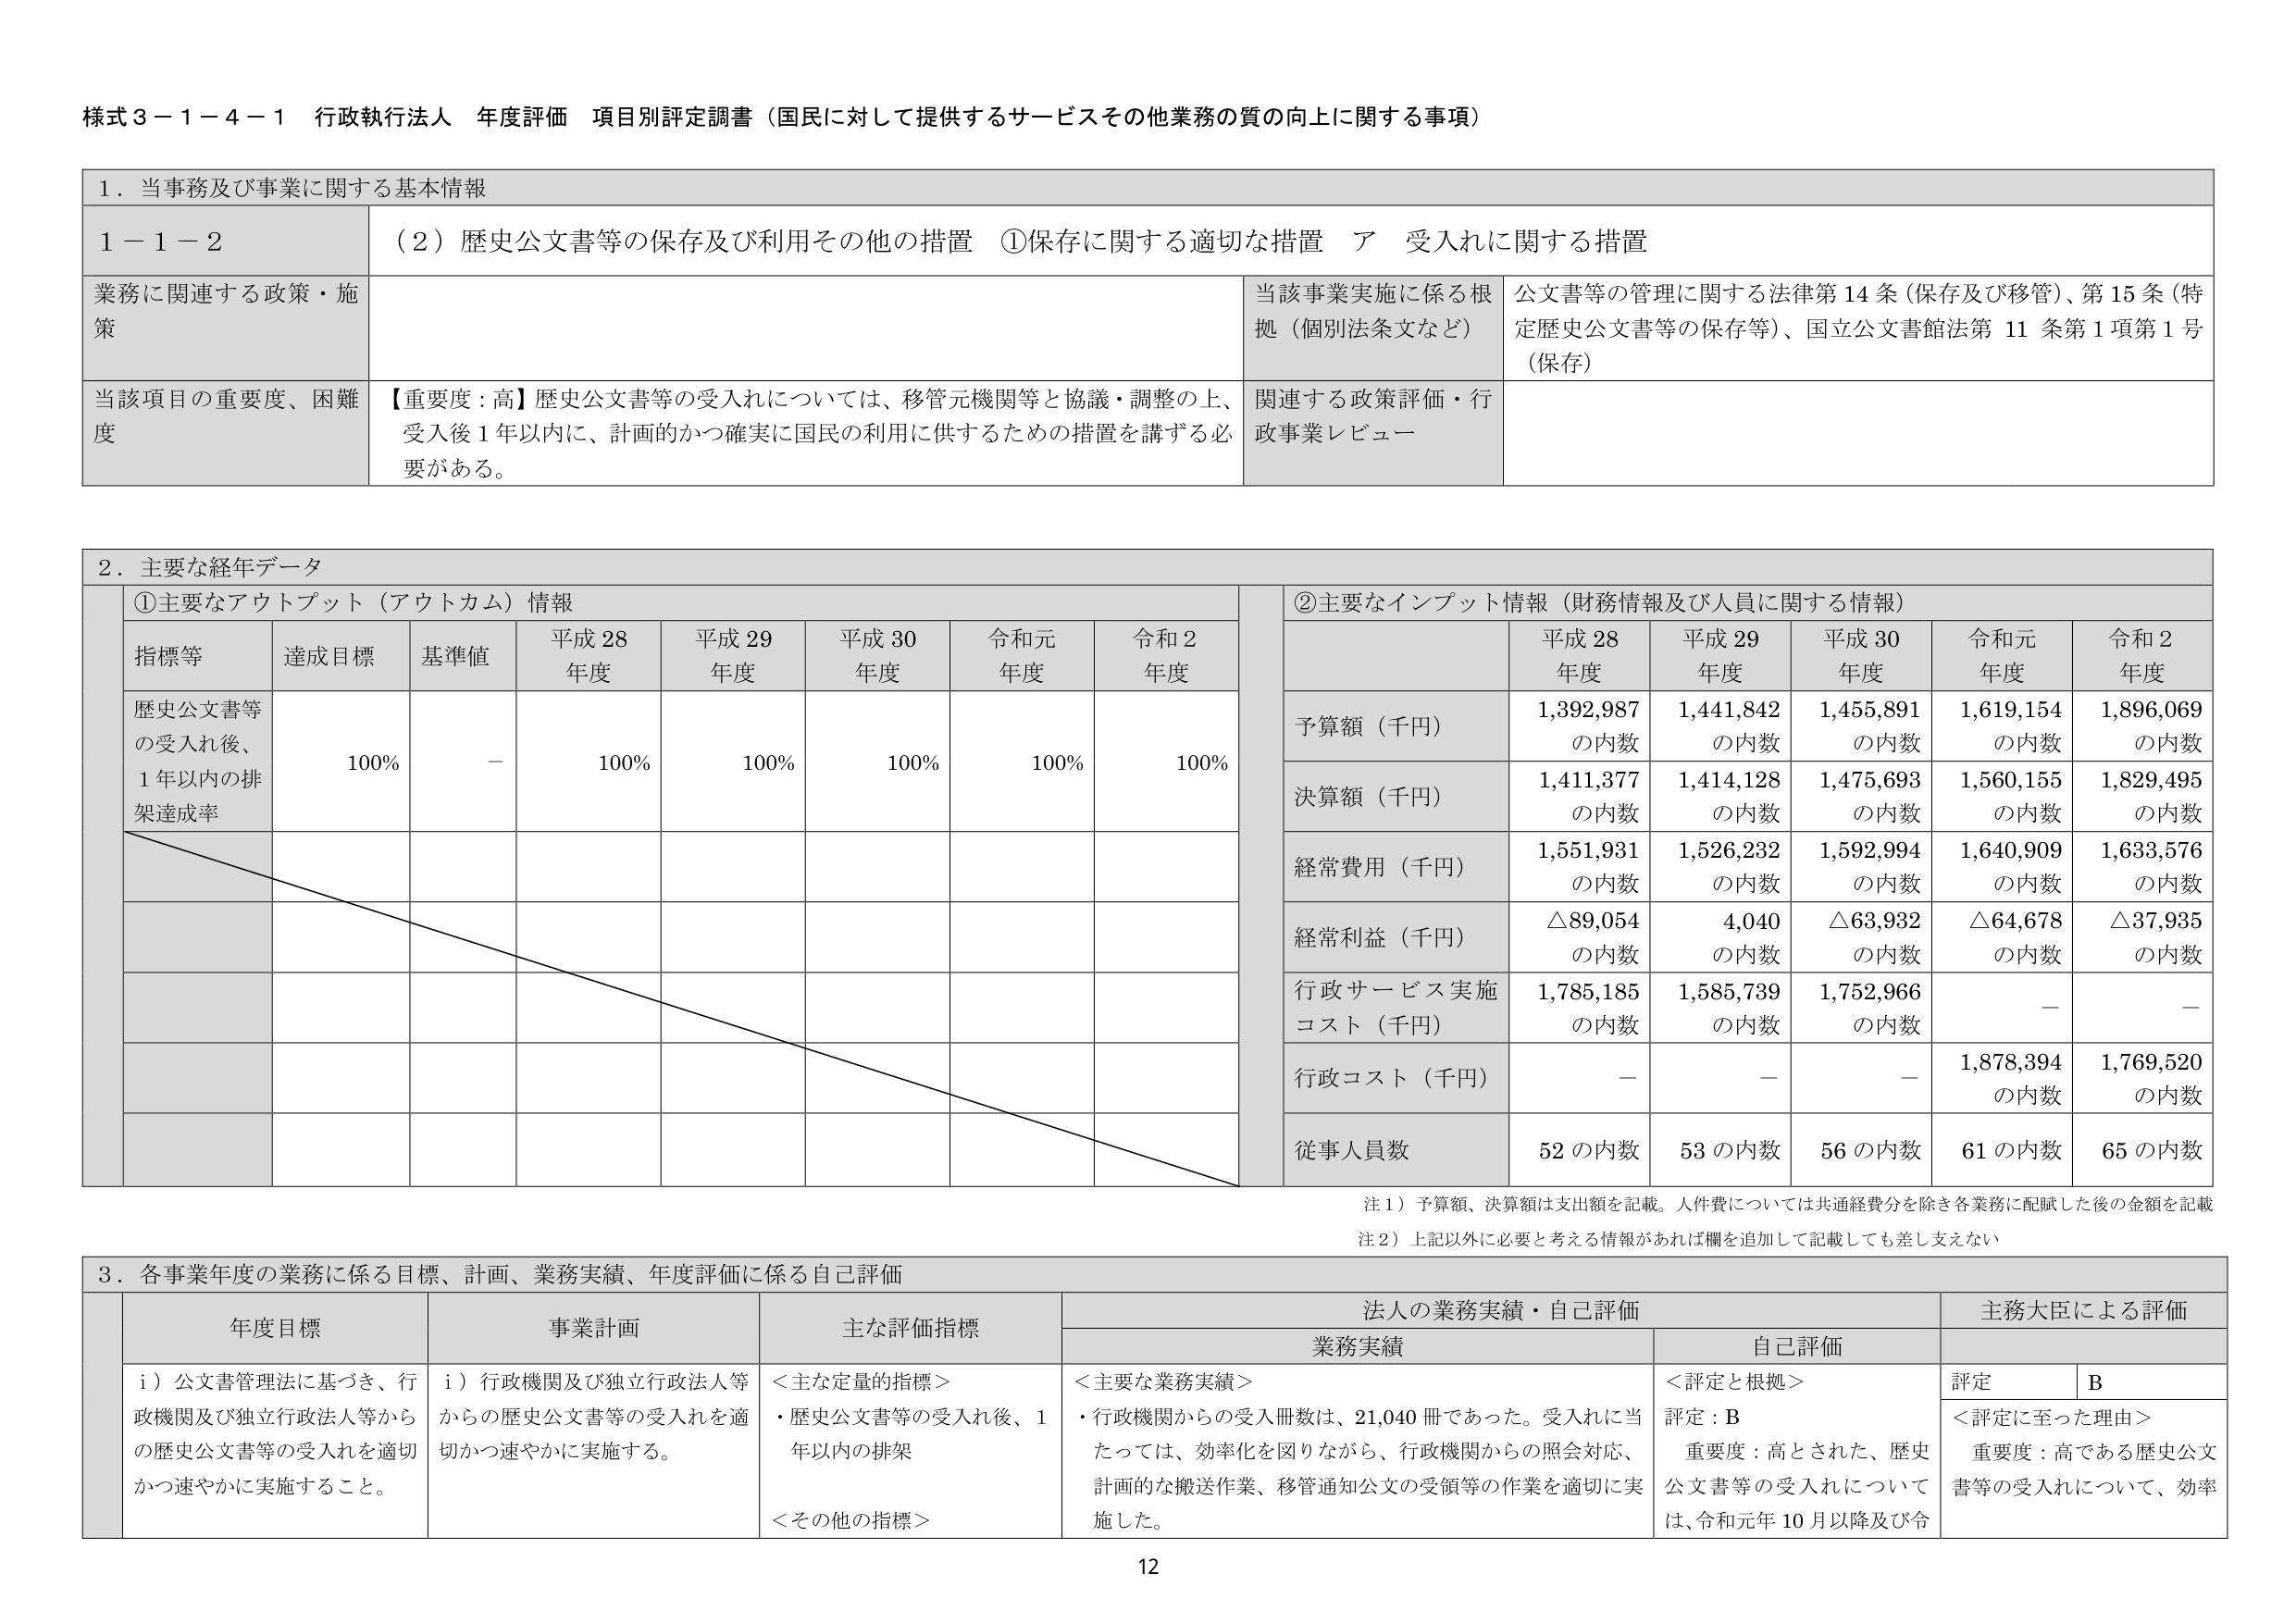
様式３－１－４－１ 行政執行法人 年度評価 項目別評定調書（国民に対して提供するサービスその他業務の質の向上に関する事項）

１．当事務及び事業に関する基本情報

１－１－２ （２）歴史公文書等の保存及び利用その他の措置 ①保存に関する適切な措置 ア 受入れに関する措置

業務に関連する政策・施策
当該事業実施に係る根拠（個別法条文など）
公文書等の管理に関する法律第14条（保存及び移管）、第15条（特定歴史公文書等の保存等）、国立公文書館法第11条第1項第1号（保存）

当該項目の重要度、困難度
【重要度：高】歴史公文書等の受入れについては、移管元機関等と協議・調整の上、受入後1年以内に、計画的かつ確実に国民の利用に供するための措置を講ずる必要がある。
関連する政策評価・行政事業レビュー

２．主要な経年データ

①主要なアウトプット（アウトカム）情報

指標等 達成目標 基準値 平成28年度 平成29年度 平成30年度 令和元年度 令和2年度
歴史公文書等の受入れ後、1年以内の排架達成率 100% － 100% 100% 100% 100% 100%

②主要なインプット情報（財務情報及び人員に関する情報）

予算額（千円） 平成28年度 平成29年度 平成30年度 令和元年度 令和2年度
1,392,987 の内数 1,441,842 の内数 1,455,891 の内数 1,619,154 の内数 1,896,069 の内数

決算額（千円） 1,411,377 の内数 1,414,128 の内数 1,475,693 の内数 1,560,155 の内数 1,829,495 の内数

経常費用（千円） 1,551,931 の内数 1,526,232 の内数 1,592,994 の内数 1,640,909 の内数 1,633,576 の内数

経常利益（千円） △89,054 の内数 4,040 の内数 △63,932 の内数 △64,678 の内数 △37,935 の内数

行政サービス実施コスト（千円） 1,785,185 の内数 1,585,739 の内数 1,752,966 の内数 － －

行政コスト（千円） － － － 1,878,394 の内数 1,769,520 の内数

従事人員数 52の内数 53の内数 56の内数 61の内数 65の内数

注１）予算額、決算額は支出額を記載。人件費については共通経費分を除き各業務に配賦した後の金額を記載
注２）上記以外に必要と考える情報があれば欄を追加して記載しても差し支えない

３．各事業年度の業務に係る目標、計画、業務実績、年度評価に係る自己評価

年度目標 事業計画 主な評価指標 法人の業務実績・自己評価 主務大臣による評価

i）公文書管理法に基づき、行政機関及び独立行政法人等からの歴史公文書等の受入れを適切かつ速やかに実施すること。
i）行政機関及び独立行政法人等からの歴史公文書等の受入れを適切かつ速やかに実施する。
＜主な定量的指標＞
・歴史公文書等の受入れ後、1年以内の排架
＜その他の指標＞
業務実績 自己評価
＜主要な業務実績＞
・行政機関からの受入冊数は、21,040冊であった。受入れに当たっては、効率化を図りながら、行政機関からの照会対応、計画的な搬送作業、移管通知公文の受領等の作業を適切に実施した。
＜評定と根拠＞
評定：B
重要度：高とされた、歴史公文書等の受入れについては、令和元年10月以降及び令
評定 B
＜評定に至った理由＞
重要度：高である歴史公文書等の受入れについて、効率

12